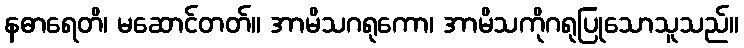
နဓာရေတိ၊ မဆောင်တတ်။ အာမိသဂရုကော၊ အာမိသကိုဂရုပြုသောသူသည်။